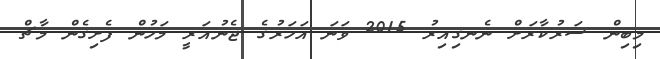
މިބިން ސަރުކާރަށް ނެނގިއިރު 2015 ވަނަ އަހަރުގެ ޖެނުއަރީ މަހުން ފެށިގެން މާޗް